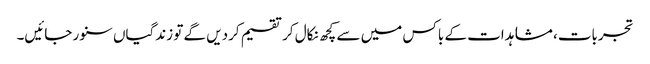
تجربات، مشاہدات کے باکس میں سے کچھ نکال کر تقسیم کردیں گے تو زندگیاں سنور جائیں۔